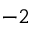
^ { - 2 }